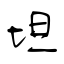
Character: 坦